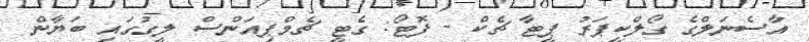
އާސެނަލްގެ ގޯލްކީޕަރު ޕީޓާ ޗެކް - ފޮޓޯ: ގެޓީ ޗެމްޕިއަންސް ލީގުގައި ބަޔާން